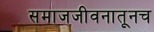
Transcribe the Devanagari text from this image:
समाजजीवनातूनच